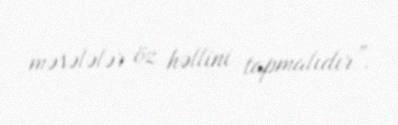
məsələlər öz həllini tapmalıdır”.